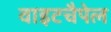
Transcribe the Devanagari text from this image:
वाइटचैपेल